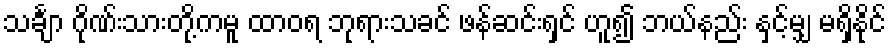
သင်္ချာ ဂိုဏ်းသားတို့ကမူ ထာဝရ ဘုရားသခင် ဖန်ဆင်းရှင် ဟူ၍ ဘယ်နည်း နှင့်မျှ မရှိနိုင်